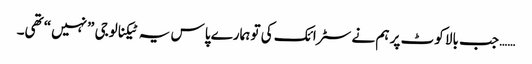
…… جب بالا کوٹ پر ہم نے سٹرائک کی تو ہمارے پاس یہ ٹیکنالوجی ”نہیں“ تھی۔